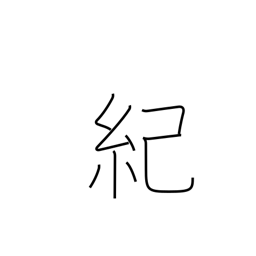
Meaning: narrative